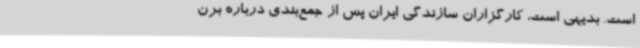
است. بدیهی است، کارگزاران سازندگی ایران پس از جمع‌بندی درباره برن